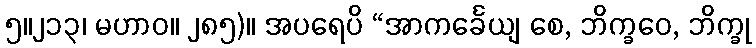
၅။၂၁၃၊ မဟာဝ။ ၂၈၅)။ အပရေပိ “အာကင်္ခေယျ စေ, ဘိက္ခဝေ, ဘိက္ခု